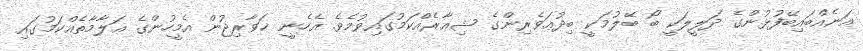
އަނެއްބައިބޭފުޅުންގެ ދަލީލަކީ ބޯ ބޭލުމަކީ ބިދުޢަވެރިންގެ ޝިޢާރެއްކަމުގައިވުމެވެ. އެހެނީ ޚަވާރިޖުން އެމީހުންގެ ޢަލާމާތެއްކަމުގައި